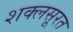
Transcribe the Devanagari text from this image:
शक्लसूरत